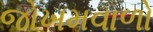
જોખમવાળો